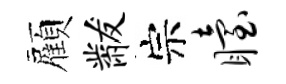
顏黻宗眙